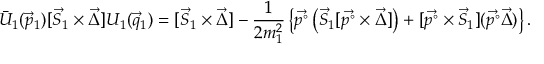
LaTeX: \bar { U } _ { 1 } ( \vec { p } _ { 1 } ) [ \vec { S } _ { 1 } \times \vec { \Delta } ] U _ { 1 } ( \vec { q } _ { 1 } ) = [ \vec { S } _ { 1 } \times \vec { \Delta } ] - \frac { 1 } { 2 m _ { 1 } ^ { 2 } } \left\{ \vec { p ^ { \circ } } \left( \vec { S } _ { 1 } [ \vec { p ^ { \circ } } \times \vec { \Delta } ] \right) + [ \vec { p ^ { \circ } } \times \vec { S } _ { 1 } ] ( \vec { p ^ { \circ } } \vec { \Delta } ) \right\} .